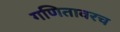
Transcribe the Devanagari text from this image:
गणितावरच